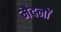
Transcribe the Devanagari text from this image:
मैदनों